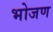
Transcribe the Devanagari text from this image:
भोजण